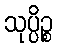
သုပ္ပိဉ္စ